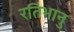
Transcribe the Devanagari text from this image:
रतिभानु